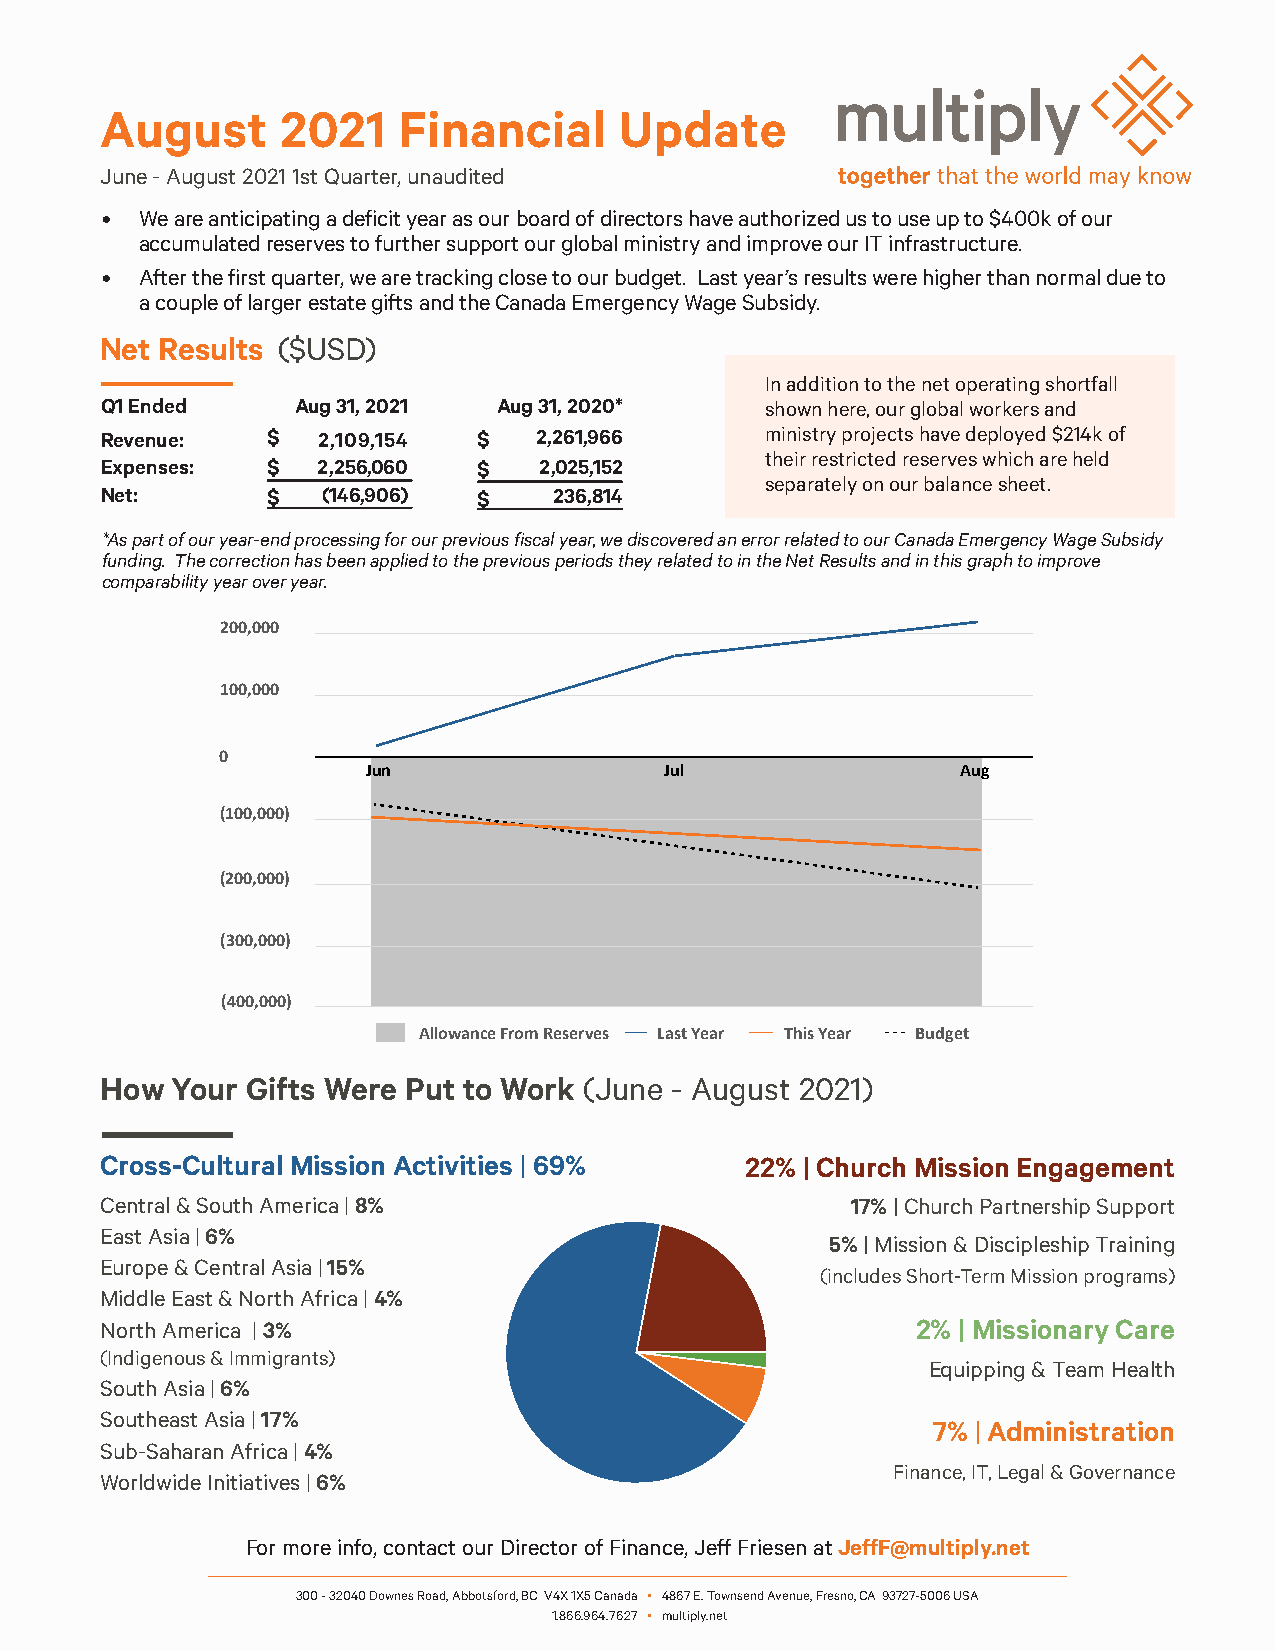
August      2021   Financial      Update
 June - August 2021 1st Quarter, unaudited
 • We are anticipating a deficit year as our board of directors have authorized us to use up to $400k of our
 accumulated reserves to further support our global ministry and improve our IT infrastructure.
 • After the first quarter, we are tracking close to our budget. Last year’s results were higher than normal due to
 a couple of larger estate gifts and the Canada Emergency Wage Subsidy.
 Net Results ($USD)
 In addition to the net operating shortfall
 Q1 Ended     Aug 31, 2021 Aug 31, 2020*     shown here, our global workers and
 Revenue:   $  2,109,154  $   2,261,966      ministry projects have deployed $214k of
 their restricted reserves which are held
 Expenses:  $  2,256,060  $   2,025,152
 separately on our balance sheet.
 Net:       $  (146,906)  $    236,814
 *As part of our year-end processing for our previous fiscal year, we discovered an error related to our Canada Emergency Wage Subsidy
 funding. The correction has been applied to the previous periods they related to in the Net Results and in this graph to improve
 comparability y3e0a0r, 0o0v0er year.
 200,000
 100,000
 0
 Jun                 Jul                 Aug
 (100,000)
 (200,000)
 (300,000)
 (400,000)
 Allowance From Reserves Last Year This Year Budget
 How Your Gifts Were Put to Work (June - August 2021)
 Cross-Cultural Mission Activities | 69%   22% | Church Mission Engagement
 Central & South America | 8%                     17% | Church Partnership Support
 East Asia | 6%
 5% | Mission & Discipleship Training
 Europe & Central Asia | 15%
 (includes Short-Term Mission programs)
 Middle East & North Africa | 4%
 North America | 3%                                    2% | Missionary Care
 (Indigenous & Immigrants)
 Equipping & Team Health
 South Asia | 6%
 Southeast Asia | 17%
 7% | Administration
 Sub-Saharan Africa | 4%
 Finance, IT, Legal & Governance
 Worldwide Initiatives | 6%
 For more info, contact our Director of Finance, Jeff Friesen at JeffF@multiply.net
 300 - 32040 Downes Road, Abbotsford, BC V4X 1X5 Canada � 4867 E. Townsend Avenue, Fresno, CA 93727-5006 USA
 1.866.964.7627 � multiply.net